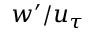
w ^ { \prime } / u _ { \tau }